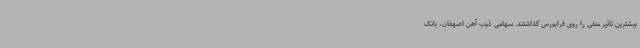
بیشترین تاثیر منفی را روی فرابورس گذاشتند. سهامی ذوب آهن اصهفان، بانک